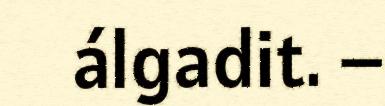
álgadit. –